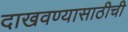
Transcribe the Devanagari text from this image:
दाखवण्यासाठीची